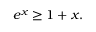
e ^ { x } \geq 1 + x .